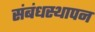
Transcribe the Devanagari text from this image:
संबंधस्थापन